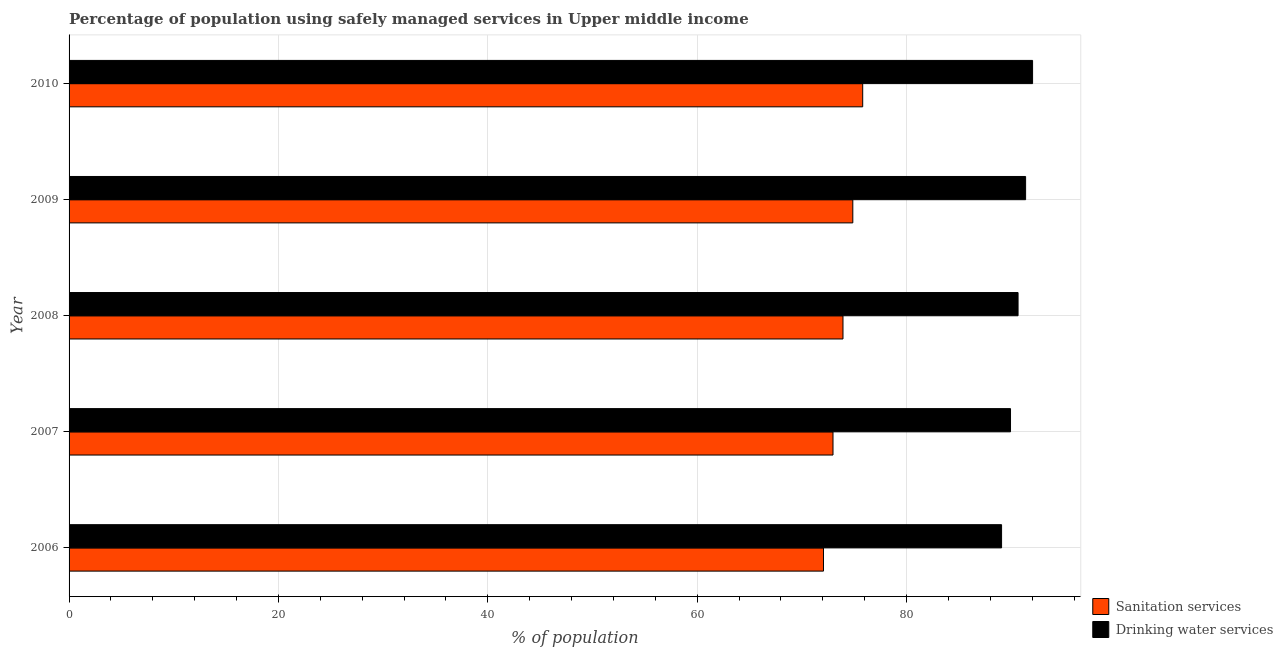
| Year | Sanitation services | Drinking water services |
 | --- | --- | --- |
 | 2006 | 72.1 | 89.1 |
 | 2007 | 73 | 89.9 |
 | 2008 | 73.9 | 90.7 |
 | 2009 | 74.9 | 91.4 |
 | 2010 | 75.8 | 92 |